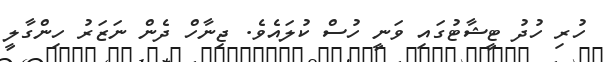
ހުރި ހުދު ޓީޝާޓުގައި ވަނީ ހުސް ކުލައެވެ. ޖިނާހް ދެން ނަޒަރު ހިންގާލީ